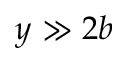
y \gg 2 b